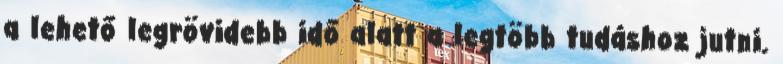
a lehető legrövidebb idő alatt a legtöbb tudáshoz jutni.